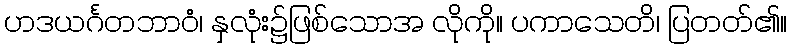
ဟဒယင်္ဂတဘာဝံ၊ နှလုံး၌ဖြစ်သောအ လိုကို။ ပကာသေတိ၊ ပြတတ်၏။